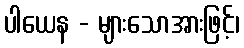
ပါယေန - များသောအားဖြင့်၊